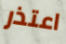
اعتذر